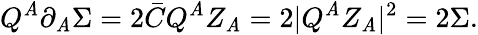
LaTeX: Q^{\mathit{A}}\partial_{\mathit{A}}\Sigma=2\bar{{C}}Q^{\mathit{A}}Z_{\mathit{A}}=2|Q^{\mathit{A}}Z_{\mathit{A}}|^{2}=2\Sigma.